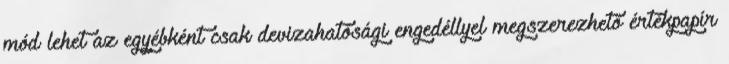
mód lehet az egyébként csak devizahatósági engedéllyel megszerezhető értékpapír